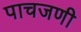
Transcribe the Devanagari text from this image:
पाचजणी